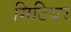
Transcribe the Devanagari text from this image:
मिटियर